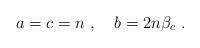
LaTeX: \begin{align*} a=c=n~, \quad b=2n \beta_c~.\end{align*}